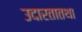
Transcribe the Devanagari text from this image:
उदारतातथा